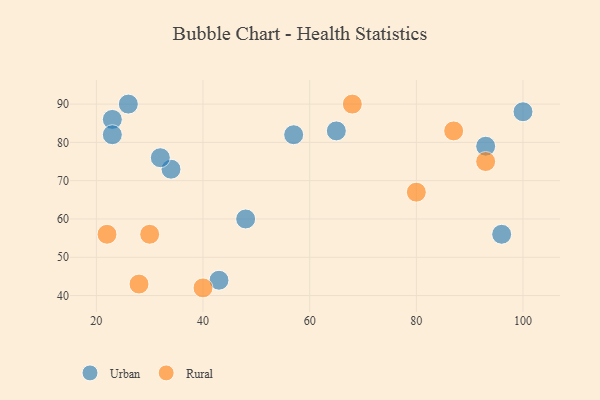
{"axis": {"x": "GDP", "y": "Life Expectancy"}, "legend": ["Rural", "Urban"], "data": [{"x": "34", "y": 73, "type": "Urban"}, {"x": "43", "y": 44, "type": "Urban"}, {"x": "65", "y": 83, "type": "Urban"}, {"x": "93", "y": 79, "type": "Urban"}, {"x": "32", "y": 76, "type": "Urban"}, {"x": "26", "y": 90, "type": "Urban"}, {"x": "96", "y": 56, "type": "Urban"}, {"x": "23", "y": 86, "type": "Urban"}, {"x": "100", "y": 88, "type": "Urban"}, {"x": "48", "y": 60, "type": "Urban"}, {"x": "23", "y": 82, "type": "Urban"}, {"x": "57", "y": 82, "type": "Urban"}, {"x": "87", "y": 83, "type": "Rural"}, {"x": "93", "y": 75, "type": "Rural"}, {"x": "68", "y": 90, "type": "Rural"}, {"x": "80", "y": 67, "type": "Rural"}, {"x": "40", "y": 42, "type": "Rural"}, {"x": "22", "y": 56, "type": "Rural"}, {"x": "28", "y": 43, "type": "Rural"}, {"x": "30", "y": 56, "type": "Rural"}]}